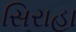
સિરાહા